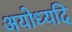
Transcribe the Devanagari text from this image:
अयोध्यदि